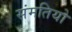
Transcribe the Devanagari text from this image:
संमतियो